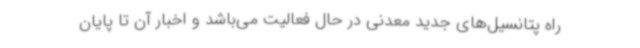
راه پتانسیل‌های جدید معدنی در حال فعالیت می‌باشد و اخبار آن تا پایان